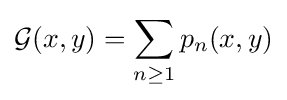
{\mathcal {G}}(x,y)=\sum _{n\geq 1}p_{n}(x,y)